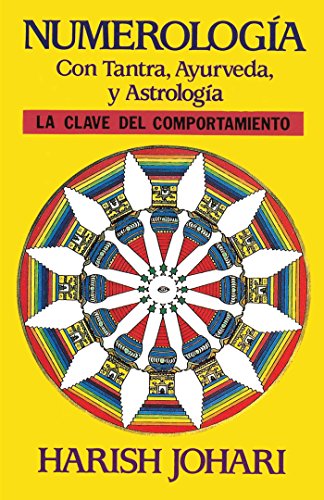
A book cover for NumerologÃ­a con tantra, ayurveda y astrologÃ­a; Harish Johari; Health, Fitness & Dieting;